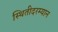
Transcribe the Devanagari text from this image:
स्थितीदरम्यान